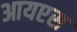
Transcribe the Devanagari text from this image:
आयएस